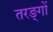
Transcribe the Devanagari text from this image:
तरङ्गों